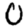
Digit: 0